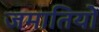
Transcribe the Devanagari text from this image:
जमातियों